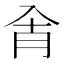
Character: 𰃗